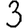
Digit: 3